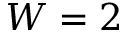
W = 2